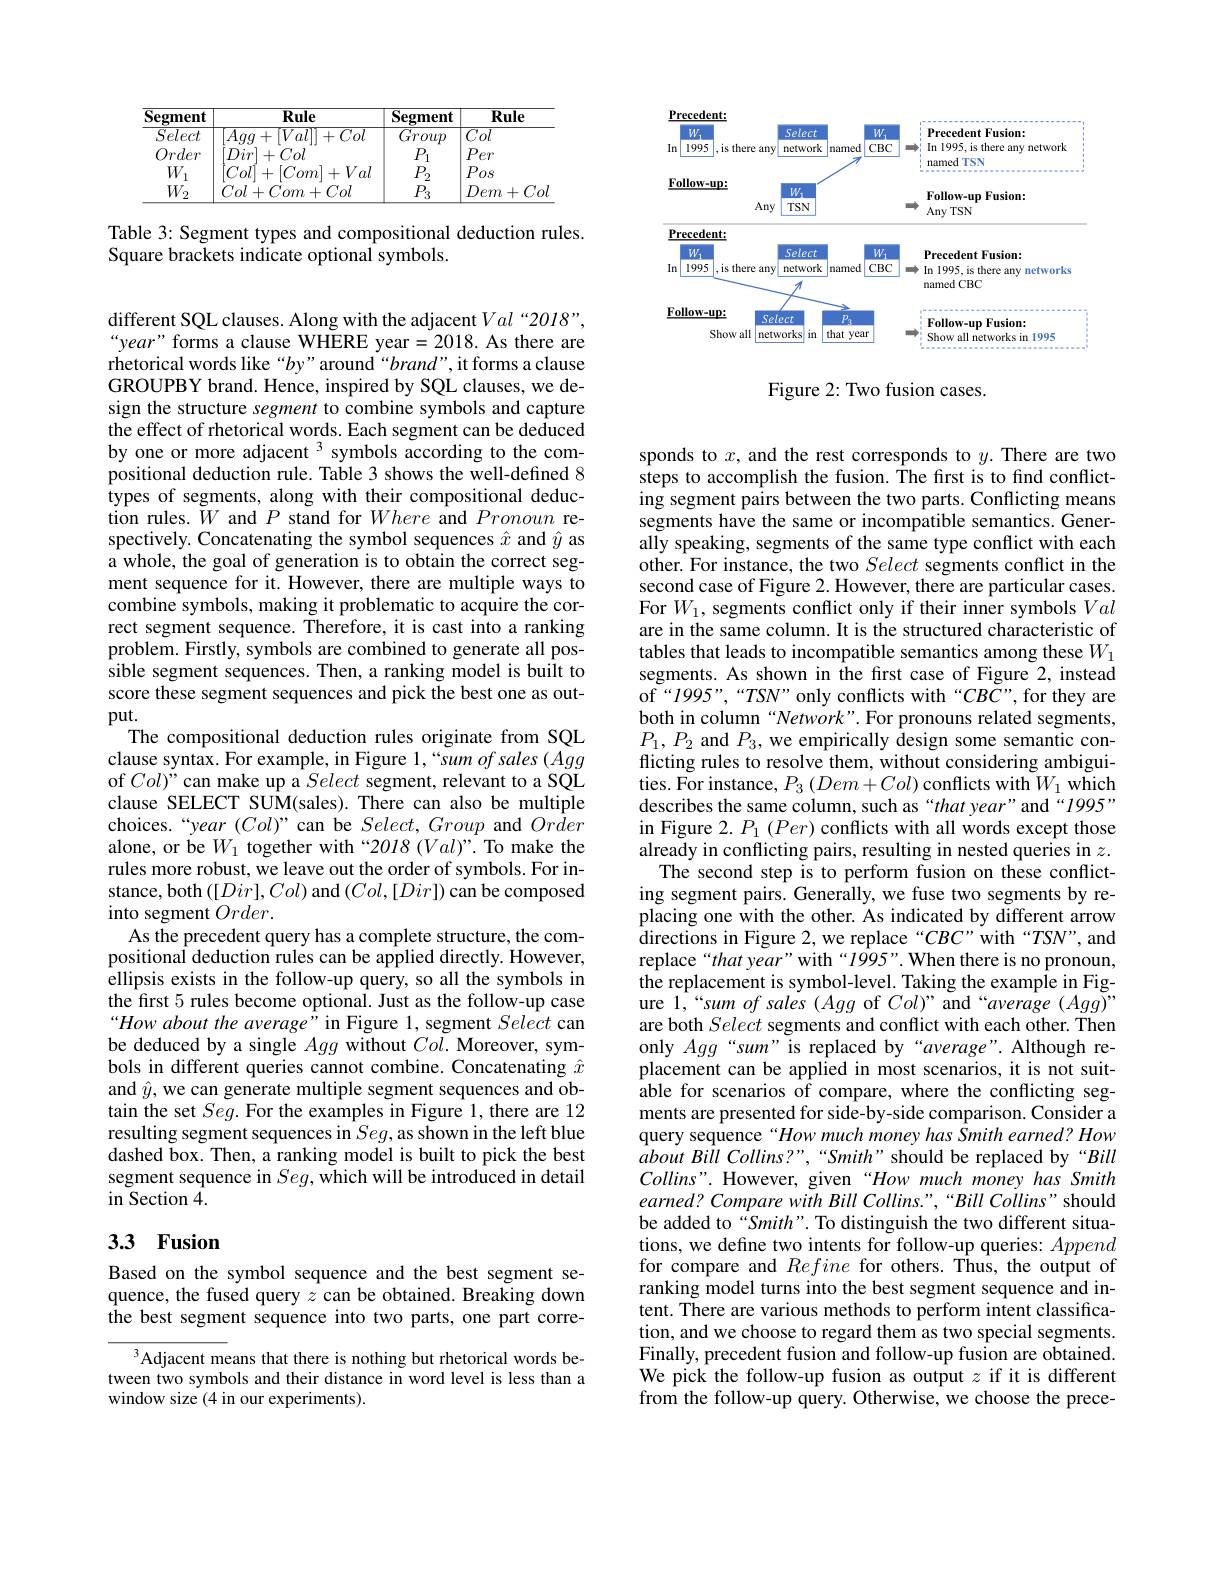
<table>
	<tbody>
		<tr>
			<th>Segment</th>
			<th>$\overline{Rule}$</th>
			<th>$\mathbf{Segment}$</th>
			<th>Rule</th>
		</tr>
		<tr>
			<td>Select</td>
			<td>$Aqq+$ $\left|Val\right|$ $+C$</td>
			<td>Group</td>
			<td>$\overline{Col}$</td>
		</tr>
		<tr>
			<td>Order</td>
			<td>$[Dir]$ $1+Col$</td>
			<td>$P_{1}$</td>
			<td>Per</td>
		</tr>
		<tr>
			<td>$W_{1}$</td>
			<td>Col + $[Com$ +</td>
			<td>$P_{2}$</td>
			<td>$P_{OS}$</td>
		</tr>
		<tr>
			<td>$W_{2}$</td>
			<td>$Col+$ $-Com+Col$</td>
			<td>$P_{3}$</td>
			<td>Dem $+Co$</td>
		</tr>
	</tbody>
</table>

Table 3: Segment types and compositional deduction rules.
Square brackets indicate optional symbols.

different SQL clauses. Along with the adjacent Val “2018”, “year" forms a clause WHERE year= 2018. As there are rhetorical words like “$by”$around“$brand”$,it forms a clause GROUPBY brand. Hence, inspired by SQL clauses, we design the structure segment to combine symbols and capture the effect of rhetorical words. Each segment can be deduced by one or more adjacent $^{3}$ symbols according to the compositional deduction rule. Table 3 shows the well-defined 8 types of segments, along with their compositional deduction rules. $W$ and $P$ stand for Where and Pronoun respectively. Concatenating the symbol sequences $\hat{x}$ and $\hat{y}$ as a whole, the goal of generation is to obtain the correct segment sequence for it. However, there are multiple ways to combine symbols, making it problematic to acquire the correct segment sequence. Therefore, it is cast into a ranking problem. Firstly, symbols are combined to generate all possible segment sequences. Then, a ranking model is built to score these segment sequences and pick the best one as output.
The compositional deduction rules originate from SQL clause syntax. For example, in Figure 1,“sum of sales (Agg of $Col)^{\ddot{\text{"can make up a }Select\text{ segment, relevant to a SQL}}}$ clause SELECT SUM(sales). There can also be multiple choices.“year(Col)”can be $Select,Group$ and Order alone, or be $W_{1}$ together with $“2018(Val)”.$ To make the rules more robust, we leave out the order of symbols. For instance, both $([Dir],Col)$ and $(Col,[Dir])$ can be composed into segment $Order.$
As the precedent query has a complete structure, the compositional deduction rules can be applied directly. However, ellipsis exists in the follow-up query, so all the symbols in the first 5 rules become optional. Just as the follow-up case “How about the average" in Figure 1, segment Select can be deduced by a single Agg without $Col.$ Moreover, symbols in different queries cannot combine. Concatenating $\hat{x}$ and $\hat{y}$, we can generate multiple segment sequences and obtain the set $Seg.$ For the examples in Figure 1,there are 12 resulting segment sequences in $Seg$,as shown in the left blue dashed box. Then, a ranking model is built to pick the best segment sequence in $Seg$, which will be introduced in detail in Section 4.

## 3.3 Fusion

Based on the symbol sequence and the best segment sequence, the fused query $z$ can be obtained. Breaking down the best segment sequence into two parts, one part corre-

$^{3}$Adjacent means that there is nothing but rhetorical words between two symbols and their distance in word level is less than a window size (4 in our experiments).

<FigureHere>

Figure 2: Two fusion cases.

sponds to $x$, and the rest corresponds to $y.$ There are two steps to accomplish the fusion. The fırst is to fınd conflicting segment pairs between the two parts. Conflicting means segments have the same or incompatible semantics. Generally speaking, segments of the same type conflict with each other. For instance, the two Select segments conflict in the second case of Figure 2. However, there are particular cases. For $W_1$, segments conflict only if their inner symbols Val are in the same column. It is the structured characteristic of tables that leads to incompatible semantics among these $W_1$ segments. As shown in the first case of Figure 2, instead of“1995”,“TSN” only conflicts with“CBC”, for they are both in column “Network”.For pronouns related segments, $P_{1},P_{2}$ and $P_3$, we empirically design some semantic conflicting rules to resolve them, without considering ambiguities. For instance, $P_{3}\left ( Dem+ Col\right )$conflicts with$W_1$ which describes the same column, such as “that year” and“1995” in Figure 2. $P_1$ (Per) conflicts with all words except those already in conflicting pairs, resulting in nested queries in $z.$ The second step is to perform fusion on these conflict-
ing segment pairs. Generally, we fuse two segments by replacing one with the other. As indicated by different arrow directions in Figure 2, we replace “CBC” with“TSN”, and replace“that year” with“1995”. When there is no pronoun, the replacement is symbol-level. Taking the example in Figure 1,“sum of sales (Agg of Col)” and“average (Agg)” are both Select segments and conflict with each other. Then only Agg “sum”is replaced by“average”. Although replacement can be applied in most scenarios, it is not suitable for scenarios of compare, where the conflicting segments are presented for side-by-side comparison. Consider a query sequence“How much money has Smith earned? How about Bill Collins?”,“Smith” should be replaced by“Bill $Collins”.$ However, given“How much money has Smith earned? Compare with Bill Collins.",“Bill Collins" should be added to“Smith”. To distinguish the two different situations, we define two intents for follow-up queries: Append for compare and Refine for others. Thus, the output of ranking model turns into the best segment sequence and intent. There are various methods to perform intent classification, and we choose to regard them as two special segments. Finally, precedent fusion and follow-up fusion are obtained. We pick the follow-up fusion as output $z$ if it is different from the follow-up query. Otherwise, we choose the prece-